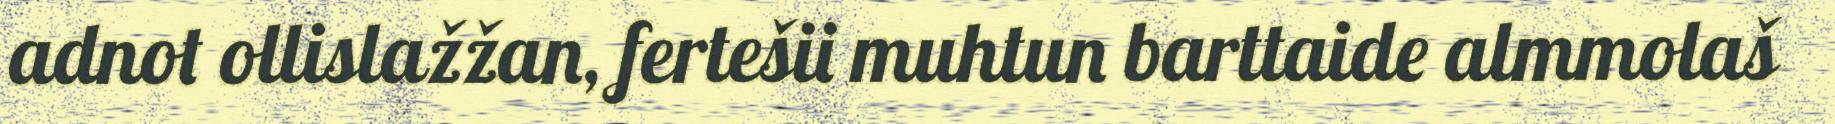
adnot ollislažžan, fertešii muhtun barttaide almmolaš